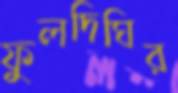
ফুলদিঘির